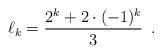
LaTeX: \begin{align*}\ell_k = \frac{2^k + 2\cdot(-1)^k}{3} \enspace .\end{align*}